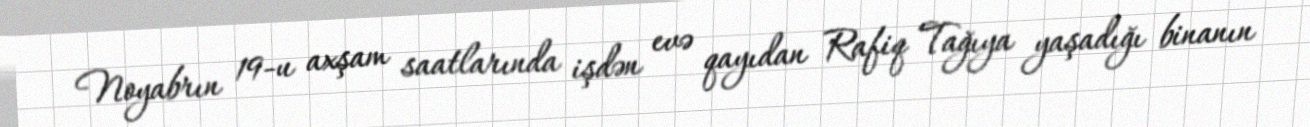
Noyabrın 19-u axşam saatlarında işdən evə qayıdan Rafiq Tağıya yaşadığı binanın